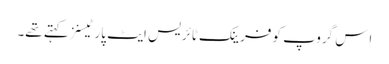
اِس گروپ کو فرینک ٹائریس ایٹ پارٹیسنز کہتے تھے۔